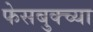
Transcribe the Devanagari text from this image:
फेसबुक्च्या